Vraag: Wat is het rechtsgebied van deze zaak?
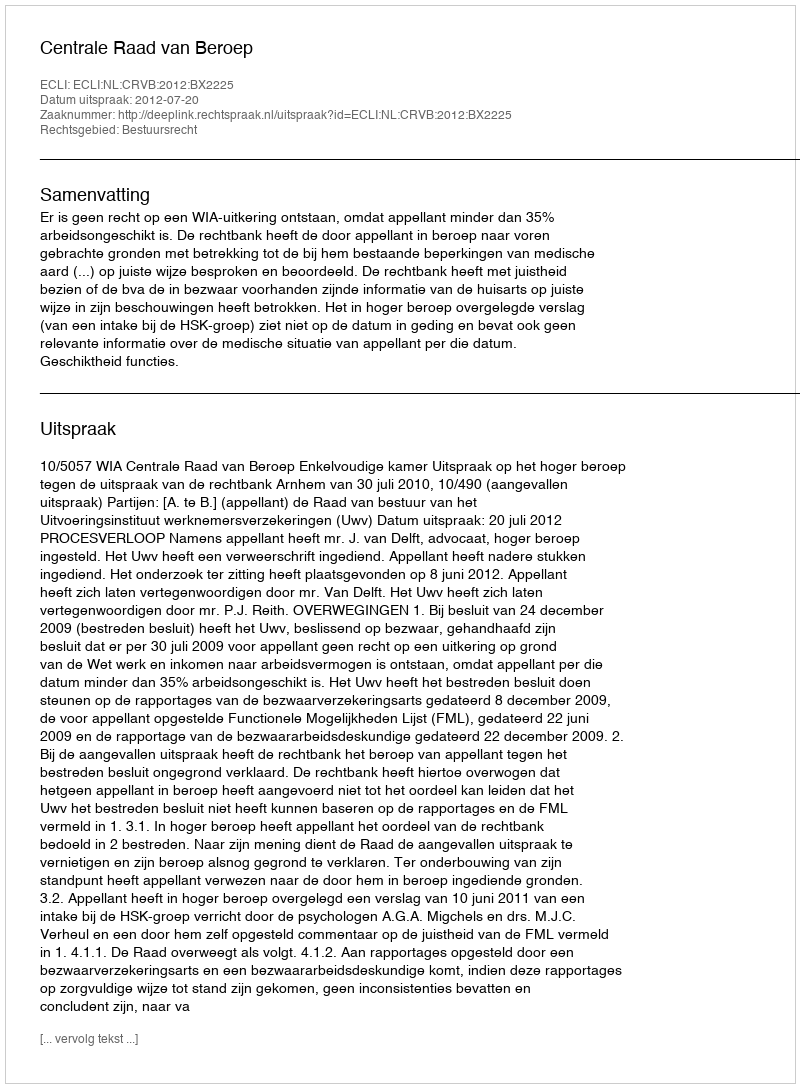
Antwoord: Bestuursrecht